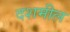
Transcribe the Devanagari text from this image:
दशमील